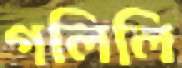
গলিলি